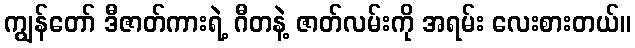
ကျွန်တော် ဒီဇာတ်ကားရဲ့ ဂီတနဲ့ ဇာတ်လမ်းကို အရမ်း လေးစားတယ်။